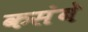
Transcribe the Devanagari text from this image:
कसंबे